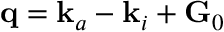
\mathbf { q } = \mathbf { k } _ { a } - \mathbf { k } _ { i } + \mathbf { G } _ { 0 }